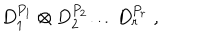
LaTeX: D _ { 1 } ^ { P _ { 1 } } \otimes D _ { 2 } ^ { P _ { 2 } } \ldots D _ { r } ^ { P _ { r } } \; ,